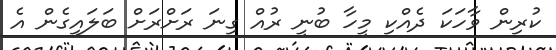
ކުރިން ވާހަކަ ދެއްކި މީހާ ބުނީ ރުއް ގިނަ ރަށްރަށް ބަލައިގެން އެ